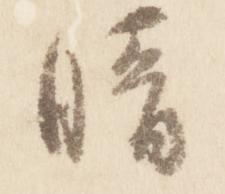
晴